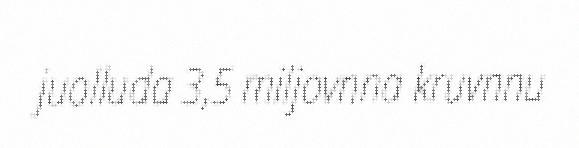
juolluda 3,5 miljovnna kruvnnu